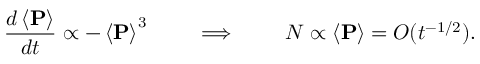
\frac { d \left< \mathbf { P } \right> } { d t } \propto - \left< \mathbf { P } \right> ^ { 3 } \qquad \implies \qquad N \propto \left< \mathbf { P } \right> = O ( t ^ { - 1 / 2 } ) .